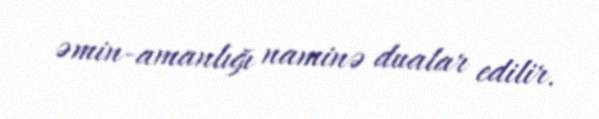
əmin-amanlığı naminə dualar edilir.